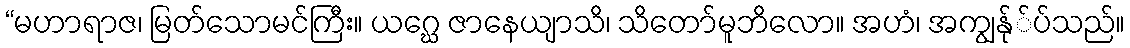
“မဟာရာဇ၊ မြတ်သောမင်ကြီး။ ယဂ္ဃေ ဇာနေယျာသိ၊ သိတော်မူဘိလော။ အဟံ၊ အကျွန်ု်ပ်သည်။